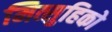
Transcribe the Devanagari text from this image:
मित्सुहिको